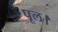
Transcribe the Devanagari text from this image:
पूल।